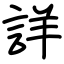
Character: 詳